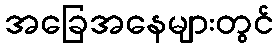
အခြေအနေများတွင်